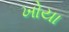
ખોયા